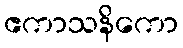
ဧကာသနိကော